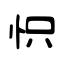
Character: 怾